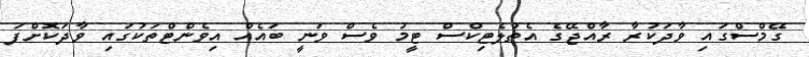
ގޭމްސްގައި ވާދަކުރާ ރާއްޖޭގެ އެތުލެޓިކްސް ޓީމު ވެސް ވަނީ ބައެއް އިވެންޓްތަކުގައި ވާދަކޮށްފަ